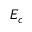
E _ { c }